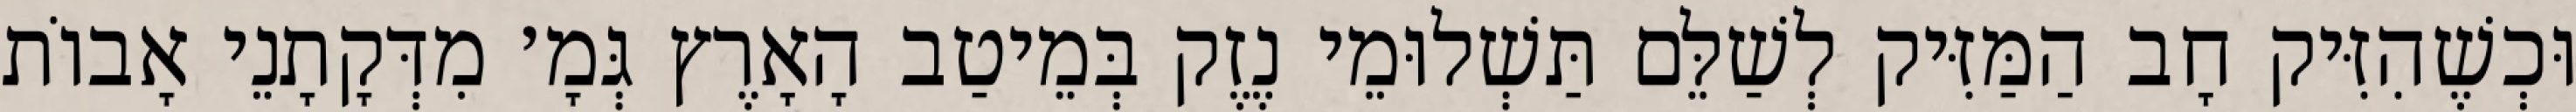
וּכְשֶׁהִזִּיק חָב הַמַּזִּיק לְשַׁלֵּם תַּשְׁלוּמֵי נֶזֶק בְּמֵיטַב הָאָרֶץ גְּמָ׳ מִדְּקָתָנֵי אָבוֹת